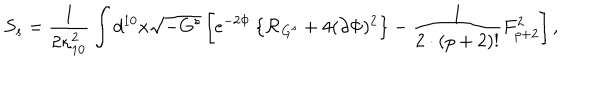
S _ { s } = { \frac { 1 } { 2 \kappa _ { 1 0 } ^ { 2 } } } \int d ^ { 1 0 } x \sqrt { - G ^ { s } } \left[ e ^ { - 2 \Phi } \left\{ { \cal R } _ { G ^ { s } } + 4 ( \partial \Phi ) ^ { 2 } \right\} - { \frac { 1 } { 2 \cdot ( p + 2 ) ! } } F _ { p + 2 } ^ { 2 } \right] ,